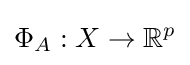
\Phi _{A}:X\rightarrow \mathbb {R} ^{p}